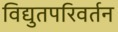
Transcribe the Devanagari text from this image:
विद्युतपरिवर्तन